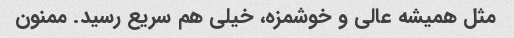
مثل همیشه عالی و خوشمزه، خیلی هم سریع رسید. ممنون